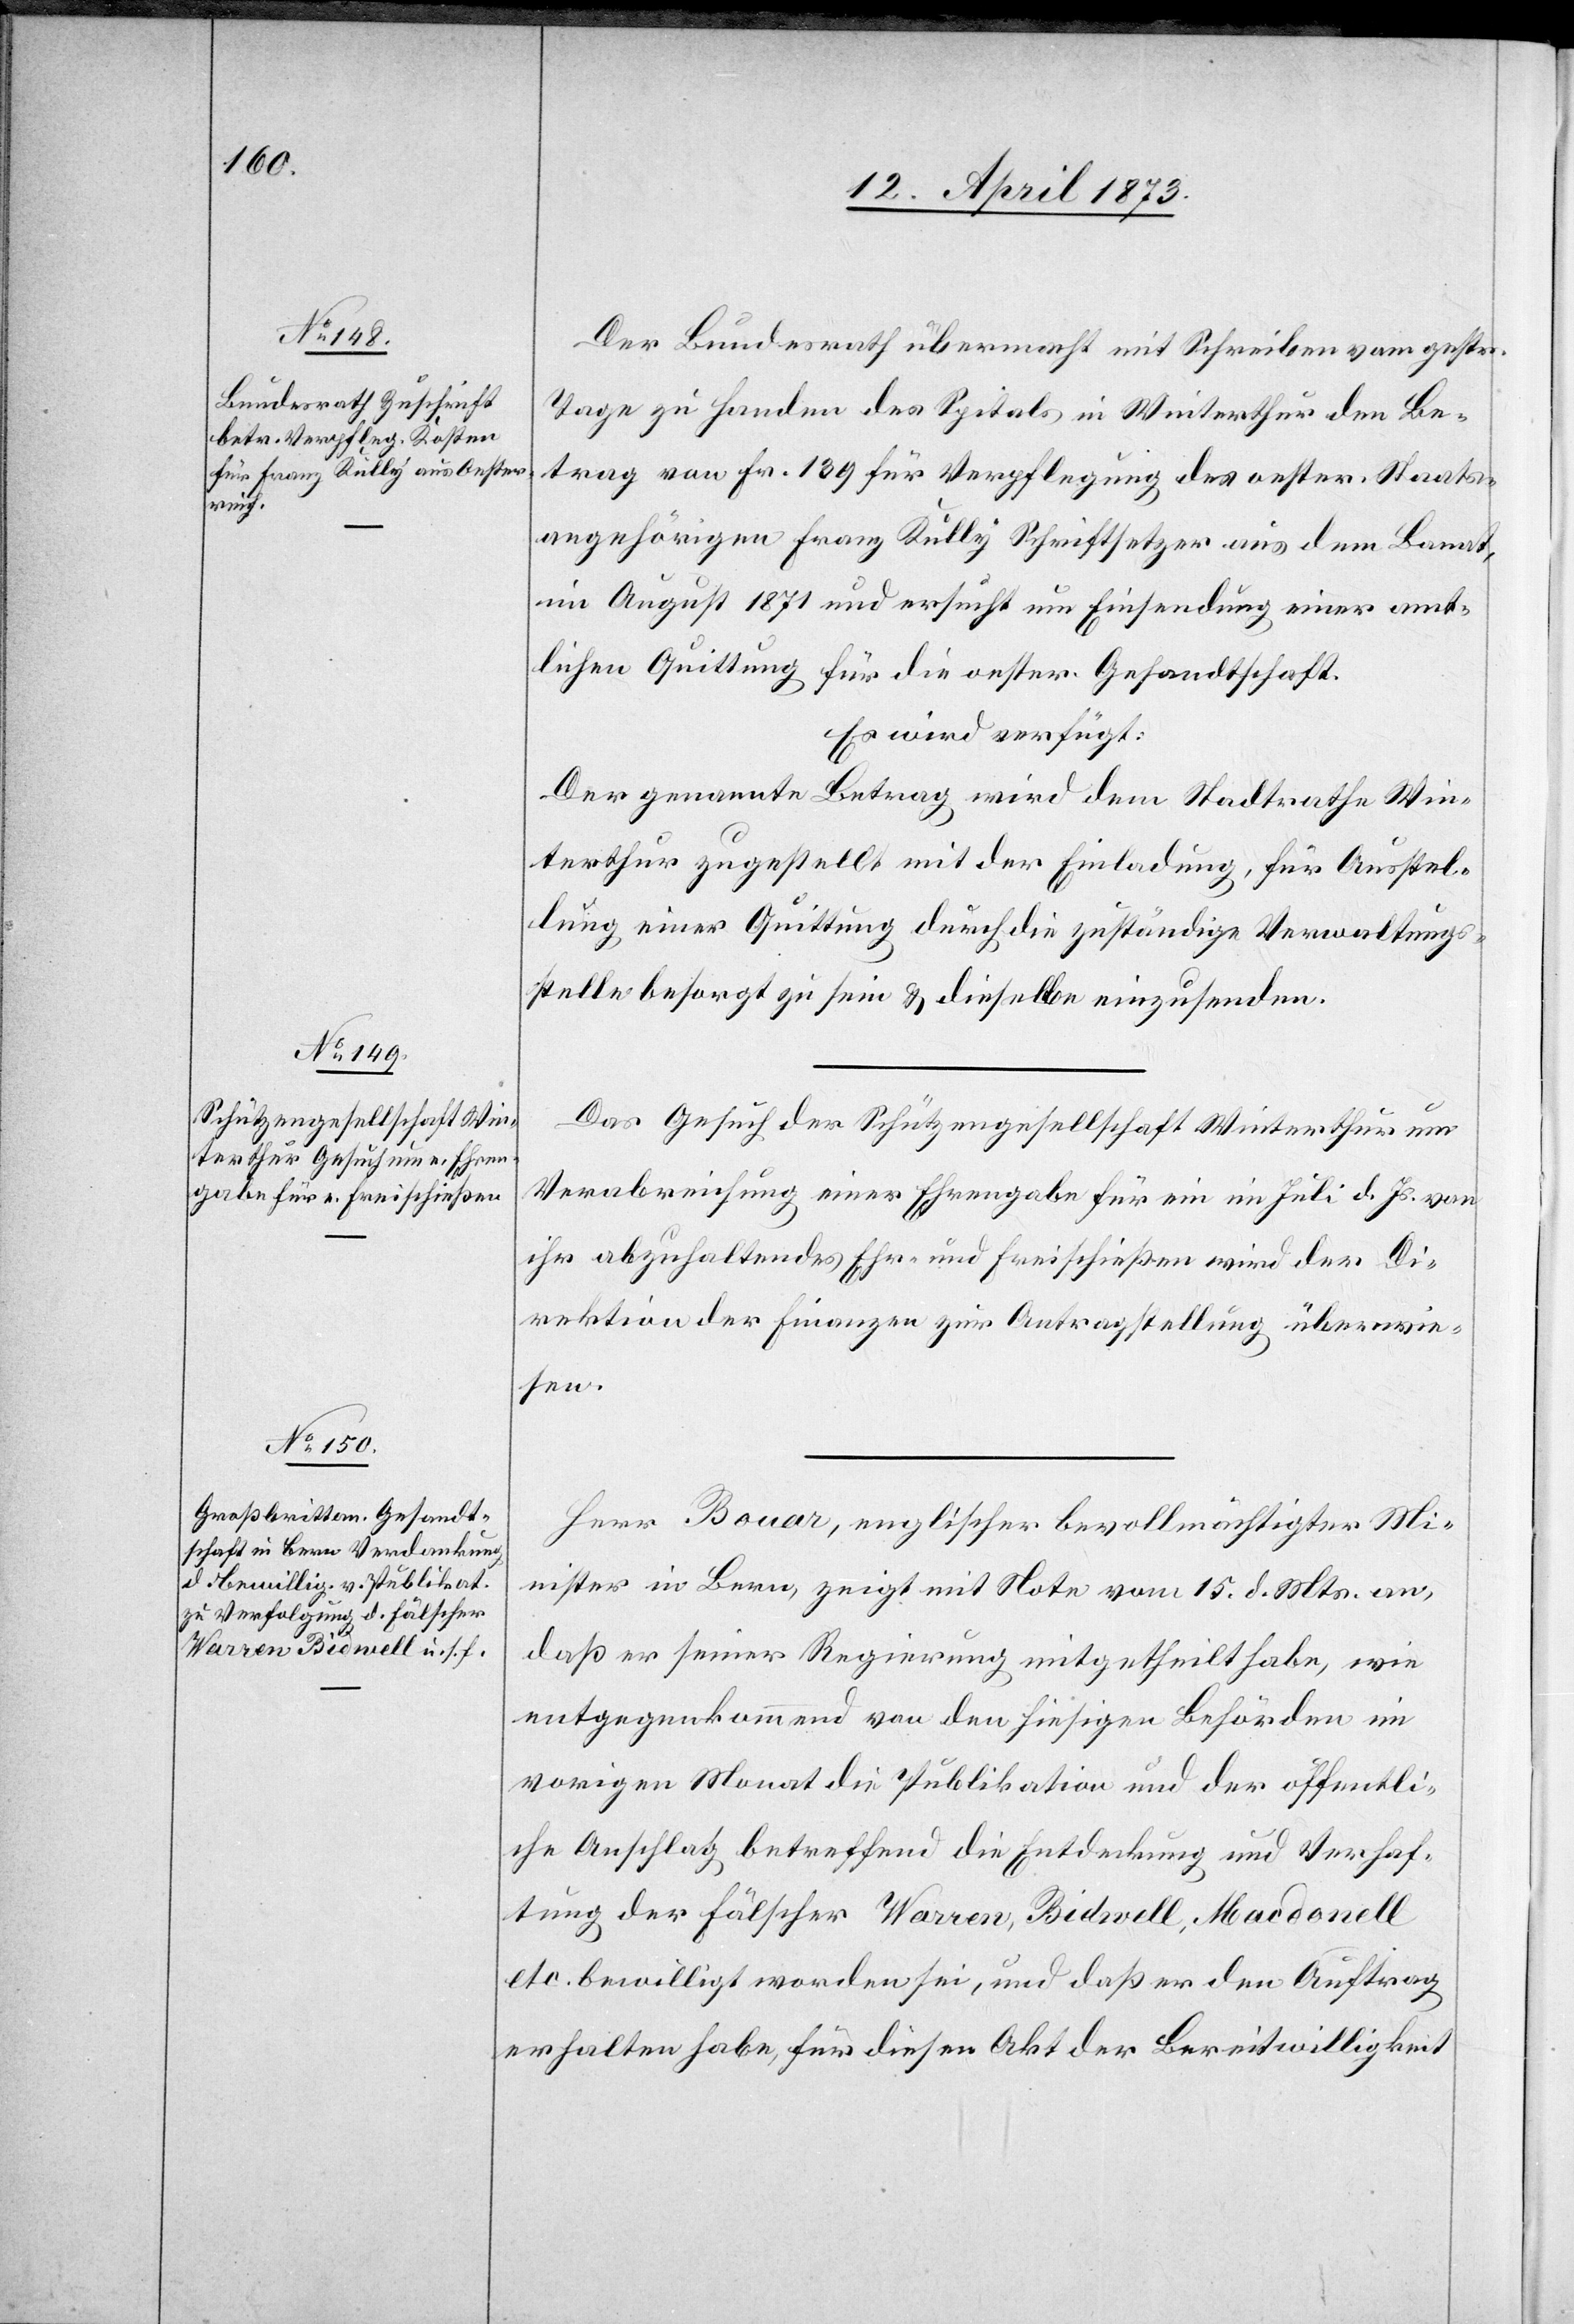
17. April 1873.]
Der Bundesrath übermacht mit Schreiben vom gestr.
Tage zu Handen des Spitals in Winterthur den Be¬
trag von Fr. 139 für Verpflegung des oester. Staats¬
angehörigen Franz Kully Schriftsetzer aus dem Banat,
im August 1871 und ersucht um Einsendung einer amt¬
lichen Quittung für die oester. Gesandtschaft.
Es wird verfügt:
Der genannte Betrag wird dem Stadtrath Win¬
terthur zugestellt mit der Einladung, für Ausstel¬
lung einer Quittung durch die zuständige Verwaltungs¬
stelle besorgt zu sein & dieselbe einzusenden.
Das Gesuch der Schützengesellschaft Winterthur um
Verabreichung einer Ehrengabe für ein im Juli d. Js. von
ihr abzuhaltendes Ehr- und Freischießen wird der Di¬
rektion der Finanzen zu Antragstellung überwie¬
sen.
Herr Bouar, englischer bevollmächtigter Mi¬
nister in Bern, zeigt mit Note vom 15. d. Mts. an,
daß er seiner Regierung mitgetheilt habe, wie
entgegenkommend von den hiesigen Behörden im
vorigen Monat die Publikation und der öffentli¬
che Anschlag betreffend die Entdeckung und Verhaf¬
tung der Fälscher Warren, Bidwell, Macdonell
etc. bewilligt worden sei, und daß er den Auftrag
erhalten habe, für diesen Akt der Bereitwilligkeit